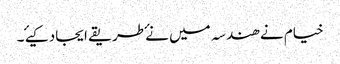
خیام نے ھندسہ میں نۓ طریقے ایجاد کیۓ ۔